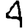
Digit: 4